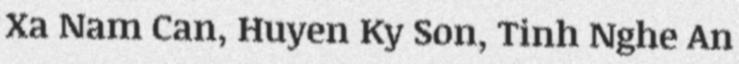
Xa Nam Can, Huyen Ky Son, Tinh Nghe An